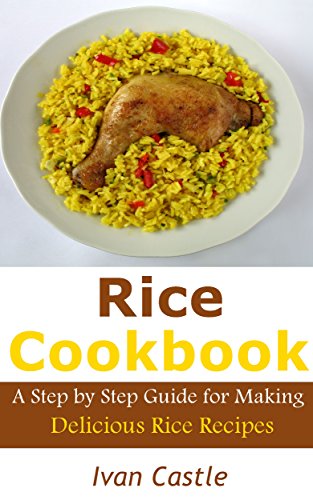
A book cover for Rice Cookbook: A Step by Step Guide for Making Delicious Rice Recipes; Ivan Castle; Cookbooks, Food & Wine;